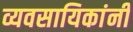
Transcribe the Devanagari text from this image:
व्यवसायिकांनी